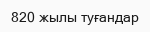
820 жылы туғандар